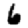
Digit: 6